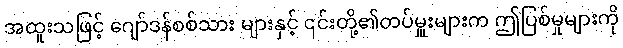
အထူးသဖြင့် ဂျော်ဒန်စစ်သား များနှင့် ၎င်းတို့၏တပ်မှူးများက ဤပြစ်မှုများကို